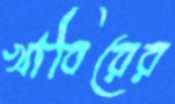
খাবিরের